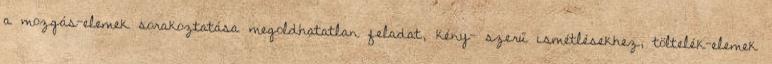
a mozgás-elemek sorakoztatása megoldhatatlan feladat, kény- szerű ismétlésekhez, töltelék-elemek